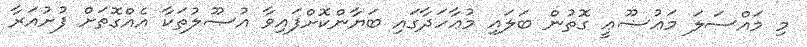
މި މައްސަލަ މަޢުޟޫޢީ ގޮތުން ބަލައި މުޢާހަދާގައި ބަޔާންކޮށްފައިވާ އުޞޫލުތަކާ އެއްގޮތަށް ފުށުއަރާ